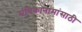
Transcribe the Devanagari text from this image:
संचिकानामांसाठी